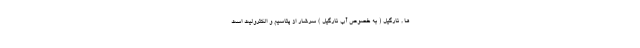
ها , نارگیل ( به خصوص آب نارگیل ) سرشار از پتاسیم و الکترولیت است